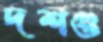
দশগু